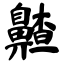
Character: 齄